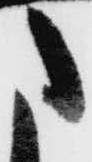
た